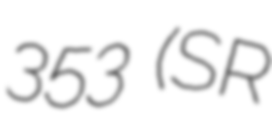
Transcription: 353 (SR